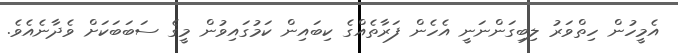
އެމީހުން ހިތްވަރު ލިބިގަންނަނީ އެހެން ފަރާތެއްގެ ކިބައިން ކަމުގައިވުން މީގެ ސަބަބަކަށް ވެދާނެއެވެ.